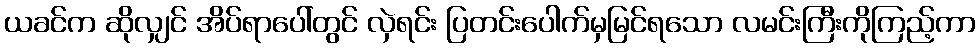
ယခင်က ဆိုလျှင် အိပ်ရာပေါ်တွင် လှဲရင်း ပြတင်းပေါက်မှမြင်ရသော လမင်းကြီးကိုကြည့်ကာ